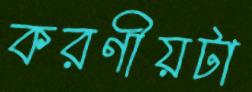
করণীয়টা